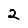
Digit: 2